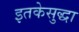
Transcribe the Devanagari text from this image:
इतकेसुद्धा